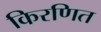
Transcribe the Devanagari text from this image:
किरणित